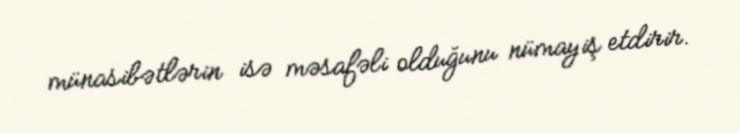
münasibətlərin isə məsafəli olduğunu nümayiş etdirir.